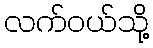
လက်ဝယ်သို့